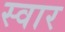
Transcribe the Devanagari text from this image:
स्‍वार